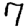
Digit: 7